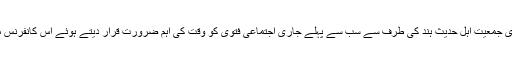
قرار داد میں دہشت گردی اور داعش کے خلاف مرکزی جمعیت اہل حدیث ہند کی طرف سے سب سے پہلے جاری اجتماعی فتویٰ کو وقت کی اہم ضرورت قرار دیتے ہوئے اس کانفرنس میں اسے دوبارہ جاری کئے جانے کی تحسین کی گئی۔